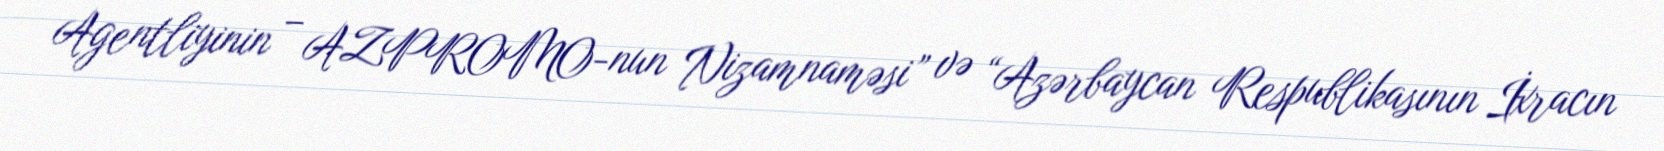
Agentliyinin – AZPROMO-nun Nizamnaməsi” və “Azərbaycan Respublikasının İxracın